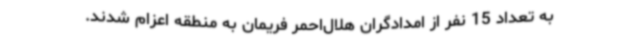
به تعداد 15 نفر از امدادگران هلال‌احمر فریمان به منطقه اعزام شدند.